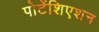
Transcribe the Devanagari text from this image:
पोटेंशिएशन